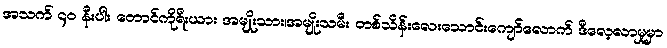
အသက် ၄၀ နီးပါး တောင်ကိုရီးယား အမျိုးသား၊အမျိုးသမီး တစ်သိန်းလေးသောင်းကျော်လောက် ဒီလေ့လာမှုမှာ